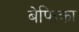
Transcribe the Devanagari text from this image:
बेफिक्रा